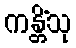
ကန္တိံသု